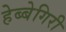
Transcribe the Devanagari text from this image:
हेब्बेगिरी